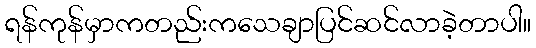
ရန်ကုန်မှာကတည်းကသေချာပြင်ဆင်လာခဲ့တာပါ။